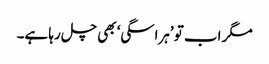
مگر اب تو ’ہراسگی‘ بھی چل رہا ہے۔